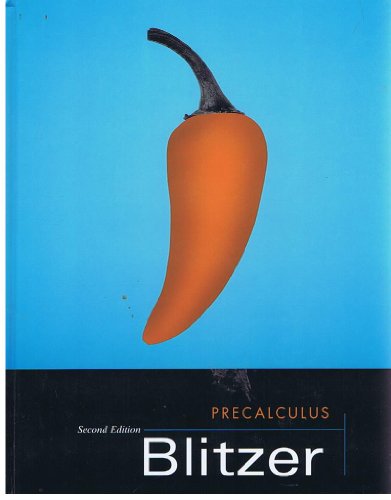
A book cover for Precalculus; Robert Blitzer; Teen & Young Adult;